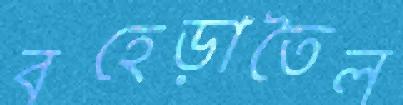
বহেড়াতৈল